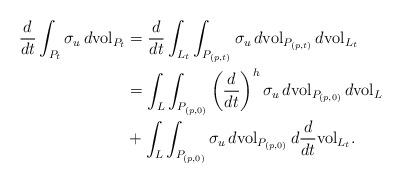
LaTeX: \begin{align*}\frac{d}{dt}\int_{P_t}\sigma_u\,d{\rm vol}_{P_t}&=\frac{d}{dt}\int_{L_t}\int_{P_{(p,t)}}\sigma_u\,d{\rm vol}_{P_{(p,t)}}\,d{\rm vol}_{L_t}\\&=\int_L\int_{P_{(p,0)}}\left(\frac{d}{dt}\right)^h\sigma_u\,d{\rm vol}_{P_{(p,0)}}\,d{\rm vol}_L\\&+\int_L\int_{P_{(p,0)}}\sigma_u\,d{\rm vol}_{P_{(p,0)}}\,d\frac{d}{dt}{\rm vol}_{L_t}. \end{align*}